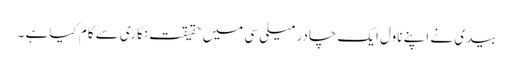
بیدی نے اپنے ناول ایک چادر میلی سی میں حقیقت نگاری سے کام کیا ہے ۔